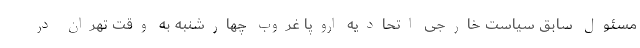
مسئول سابق سیاست خارجی اتحادیه اروپا غروب چهارشنبه به وقت تهران در